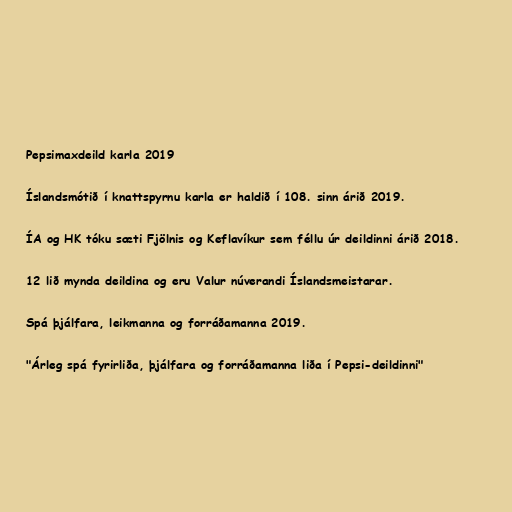
Pepsimaxdeild karla 2019

Íslandsmótið í knattspyrnu karla er haldið í 108. sinn árið 2019.

ÍA og HK tóku sæti Fjölnis og Keflavíkur sem féllu úr deildinni árið 2018.

12 lið mynda deildina og eru Valur núverandi Íslandsmeistarar.

Spá þjálfara, leikmanna og forráðamanna 2019.

"Árleg spá fyrirliða, þjálfara og forráðamanna liða í Pepsi-deildinni"